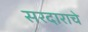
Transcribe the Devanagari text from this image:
सरदाराचे